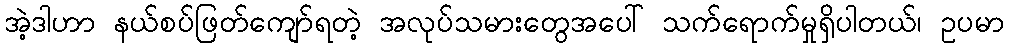
အဲ့ဒါဟာ နယ်စပ်ဖြတ်ကျော်ရတဲ့ အလုပ်သမားတွေအပေါ် သက်ရောက်မှုရှိပါတယ်၊ ဥပမာ